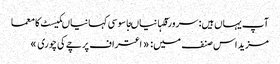
آپ یہاں ہیں: سرورقکہانیاںجاسوسی کہانیاںکیسٹ کا معما
مزید اس صنف میں: « اعتراف	پرچے کی چوری »